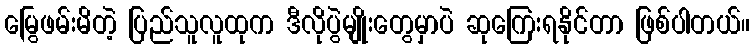
မြွေဖမ်းမိတဲ့ ပြည်သူလူထုက ဒီလိုပွဲမျိုးတွေမှာပဲ ဆုကြေးရနိုင်တာ ဖြစ်ပါတယ်။